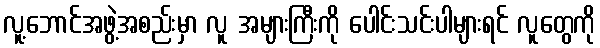
လူ့ဘောင်အဖွဲ့အစည်းမှာ လူ အများကြီးကို ပေါင်းသင်းပါများရင် လူတွေကို